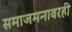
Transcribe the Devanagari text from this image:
समाजमनावरही